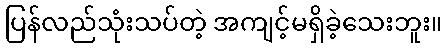
ပြန်လည်သုံးသပ်တဲ့ အကျင့်မရှိခဲ့သေးဘူး။